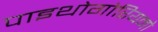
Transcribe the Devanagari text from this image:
पाइथोगोरियनो